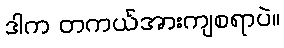
ဒါက တကယ်အားကျစရာပဲ။